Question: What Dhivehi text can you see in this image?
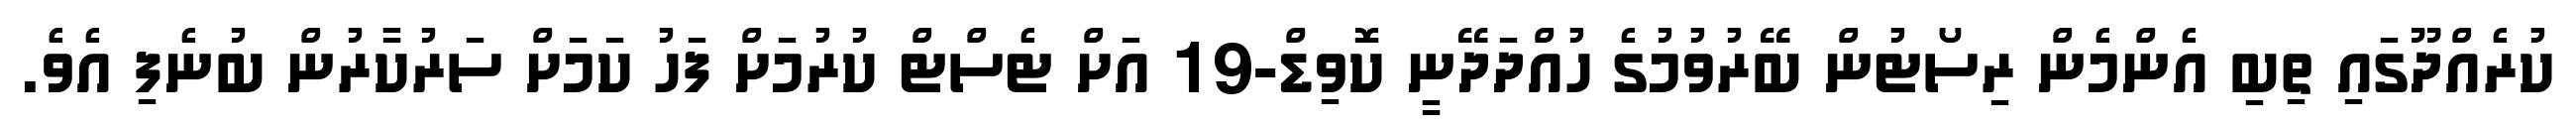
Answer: ކުރެއްދޫގައި ތިބި އެންމެން ރިސޯޓުން ބޭރުވުމުގެ ހުއްދަދޭނީ ކޮވިޑް-19 އަށް ޓެސްޓް ކުރުމަށް ފަހު ކަމަށް ސަރުކާރުން ބުނެފި އެވެ.